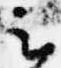
云